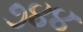
૭૪૪